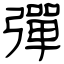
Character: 彈